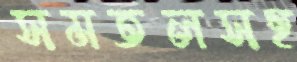
সমতলসহ